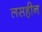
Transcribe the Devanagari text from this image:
लसहीन